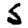
Digit: 5